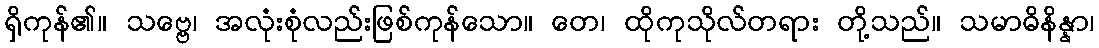
ရှိကုန်၏။ သဗ္ဗေ၊ အလုံးစုံလည်းဖြစ်ကုန်သော။ တေ၊ ထိုကုသိုလ်တရား တို့သည်။ သမာဓိနိန္နာ၊